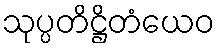
သုပ္ပတိဋ္ဌိတံယေဝ